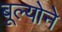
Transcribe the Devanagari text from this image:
बूल्योने